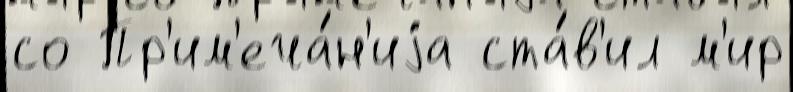
со Пр'им'еча́н'иjа ста́в'ил м'ир